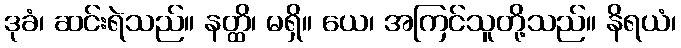
ဒုခံ၊ ဆင်းရဲသည်။ နတ္ထိ၊ မရှိ။ ယေ၊ အကြင်သူတို့သည်။ နိရယံ၊